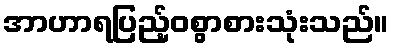
အာဟာရပြည့်ဝစွာစားသုံးသည်။